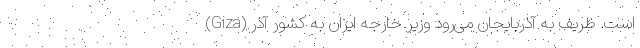
(Giza) است. ظریف به آذربایجان می‌رود وزیر خارجه ایران به کشور آذر